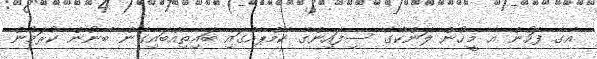
އޭގެ ފަހުން އެ މީހުން ލަންކާގެ ސިފައިންގެ ކޭމްޕެއްގައި ބައިތިއްބައިގެން ބޭނުން ކުރަމުން